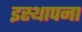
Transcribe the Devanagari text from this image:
इस्थापना